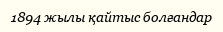
1894 жылы қайтыс болғандар